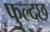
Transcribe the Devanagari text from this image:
फुल्दछ